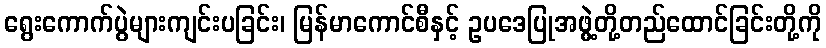
ရွေးကောက်ပွဲများကျင်းပခြင်း၊ မြန်မာကောင်စီနှင့် ဥပဒေပြုအဖွဲ့တို့တည်ထောင်ခြင်းတို့ကို